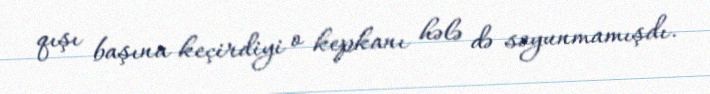
qışı başına keçirdiyi o kepkanı hələ də soyunmamışdı.